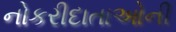
નોકરીદાતાઓની